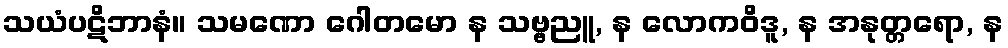
သယံပဋိဘာနံ။ သမဏော ဂေါတမော န သဗ္ဗညူ, န လောကဝိဒူ, န အနုတ္တရော, န